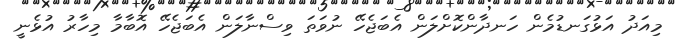
މިއަދު އަޅުގަނޑުމެން ހަނދާންކޮށްލަން އެބަޖެހޭ ނުވަތަ ވިސްނާލަން އެބަޖެހޭ އޮބާމާ މިހާރު އުޅެނީ